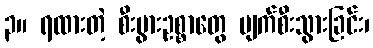
၃။ ရထားတဲ့ စီးပွားဥစ္စာတွေ ပျက်စီးသွားခြင်း၊